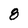
Character: 8